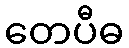
တေပီဓ